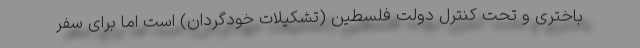
باختری و تحت کنترل دولت فلسطین (تشکیلات خودگردان) است اما برای سفر